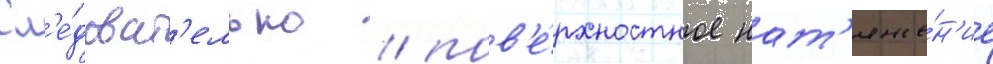
Сл'е́доват'ельно / пов'е́рхностное нат'яже́н'ие